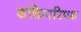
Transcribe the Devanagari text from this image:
शक्तिपरिपथ